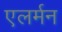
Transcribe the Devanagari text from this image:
एलर्मन